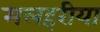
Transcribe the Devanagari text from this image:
मलहरीया